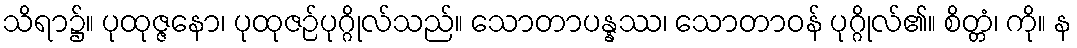
သိရာ၌။ ပုထုဇ္ဇနော၊ ပုထုဇဉ်ပုဂ္ဂိုလ်သည်။ သောတာပန္နဿ၊ သောတာဝန် ပုဂ္ဂိုလ်၏။ စိတ္တံ၊ ကို။ န